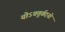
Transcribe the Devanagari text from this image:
योऽचतुर्वदनो